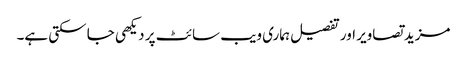
مزید تصاویر اور تفصیل ہماری ویب سائٹ پر دیکھی جا سکتی ہے۔